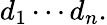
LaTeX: d_{1}\cdots d_{n}.